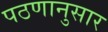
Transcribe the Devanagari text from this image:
पठणानुसार